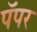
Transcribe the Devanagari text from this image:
पॅपर